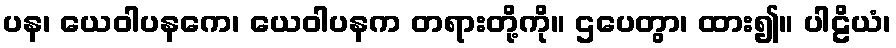
ပန၊ ယေဝါပနကေ၊ ယေဝါပနက တရားတို့ကို။ ဌပေတွာ၊ ထား၍။ ပါဠိယံ၊